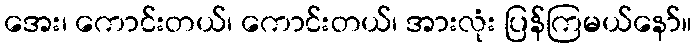
အေး၊ ကောင်းတယ်၊ ကောင်းတယ်၊ အားလုံး ပြန်ကြမယ်နော်။